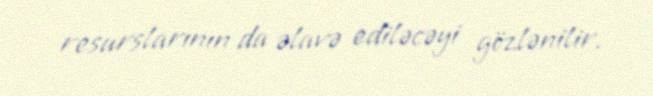
resurslarının da əlavə ediləcəyi gözlənilir.